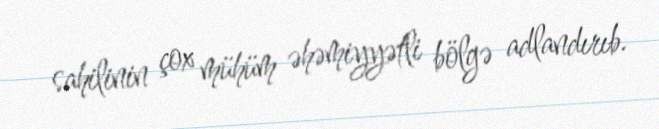
sahilinin çox mühüm əhəmiyyətli bölgə adlandırıb.